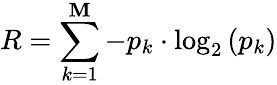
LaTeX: R=\sum_{k=1}^{\mathbf{M}}-p_{k}\cdot\log_{2}\left(p_{k}\right)